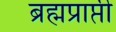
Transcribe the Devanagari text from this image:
ब्रह्मप्राप्ती